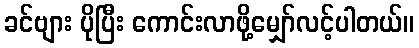
ခင်ဗျား ပိုပြီး ကောင်းလာဖို့မျှော်လင့်ပါတယ်။